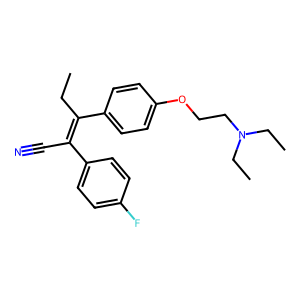
SMILES: CCC(=C(C#N)c1ccc(F)cc1)c1ccc(OCCN(CC)CC)cc1
Inhibits HIV replication: No